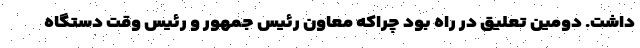
داشت. دومین تعلیق در راه بود چراکه معاون رئیس جمهور و رئیس وقت دستگاه